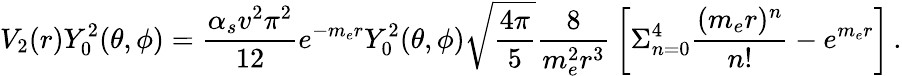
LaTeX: V_{2}(r)Y_{0}^{2}(\theta,\phi)={{\frac{\alpha_{s}v^{2}\pi^{2}}{12}}e^{-m_{e}r}Y_{0}^{2}(\theta,\phi)\sqrt{\frac{4\pi}{5}}{\frac{8}{m_{e}^{2}r^{3}}}\left[\Sigma_{n=0}^{4}{\frac{(m_{e}r)^{n}}{n!}}-e^{m_{e}r}\right]}\, .